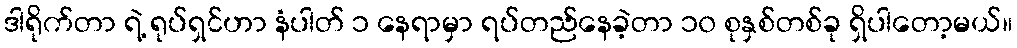
ဒါရိုက်တာ ရဲ့ ရုပ်ရှင်ဟာ နံပါတ် ၁ နေရာမှာ ရပ်တည်နေခဲ့တာ ၁၀ စုနှစ်တစ်ခု ရှိပါတော့မယ်။